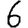
Digit: 6